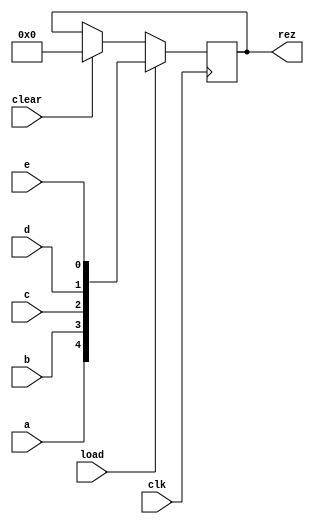
module regD_dim5(input a, b, c, d, e, clk, load, clear, output [4:0]rez);
    reg [4:0] rez;

    always @(posedge clk)
        begin
            if (clear == 1) begin
                rez = 0;
            end
            
            if (load == 1) begin
                rez = {a, b, c, d, e};
            end
        end
endmodule